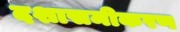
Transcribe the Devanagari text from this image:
दशासमीकरण